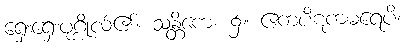
ရှေးရှေးပုဂ္ဂိုလ်၏။ သန္တိကေ၊ ၌။ ဧကပိဋကဓရေပိ၊